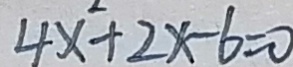
4 x ^ { 2 } + 2 x - 6 = 0